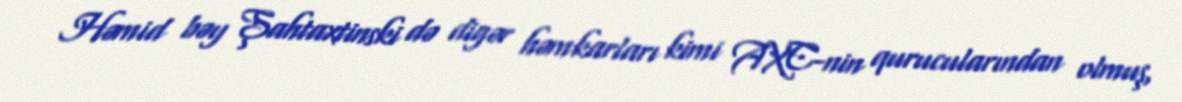
Həmid bəy Şahtaxtinski də digər həmkarları kimi AXC-nin qurucularından olmuş,